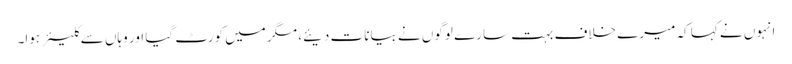
انہوں نے کہا کہ میرے خلاف بہت سارے لوگوں نے بیانات دیئے، مگر میں کورٹ گیا اور وہاں سے کلیئر ہوا۔